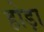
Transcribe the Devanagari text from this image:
होड़ा